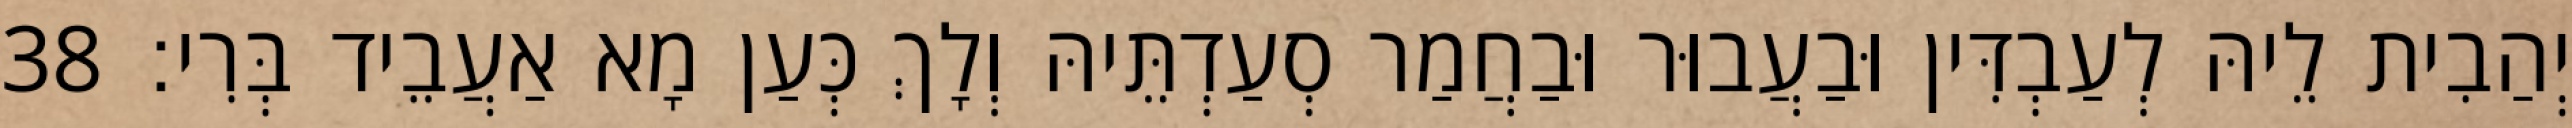
יְהַבִית לֵיהּ לְעַבְדִּין וּבַעֲבוּר וּבַחֲמַר סְעַדְתֵּיהּ וְלָךְ כְּעַן מָא אַעֲבֵיד בְּרִי׃ 38